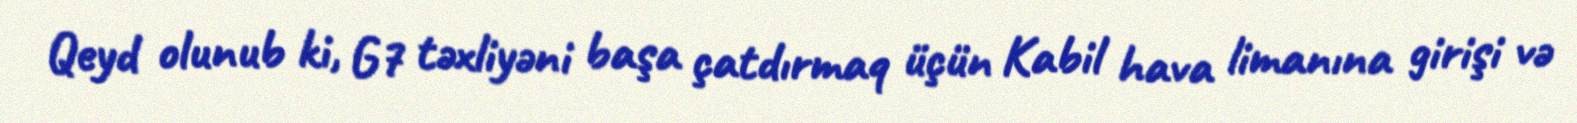
Qeyd olunub ki, G7 təxliyəni başa çatdırmaq üçün Kabil hava limanına girişi və